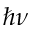
\hbar \nu